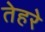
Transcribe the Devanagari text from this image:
तेहरे